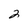
Character: 2